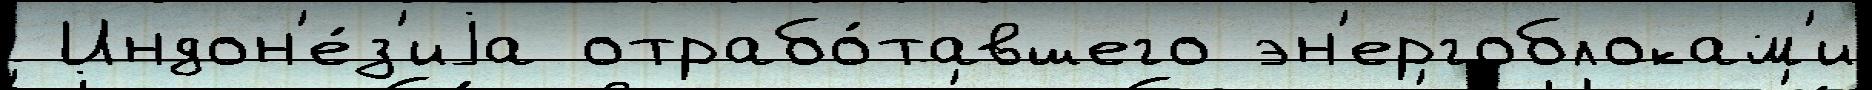
 Индон'е́з'иjа отрабо́тавшего эн'ергоблокам'и